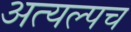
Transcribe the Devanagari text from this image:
अत्यल्पच